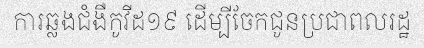
ការឆ្លងជំងឺកូវីដ១៩ ដើម្បីចែកជូនប្រជាពលរដ្ឋ